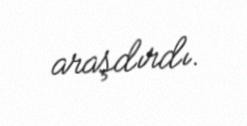
araşdırdı.